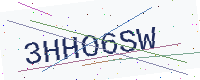
Text: 3HHO6SW